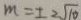
m = \pm 2 \sqrt { 1 0 }